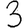
Digit: 3